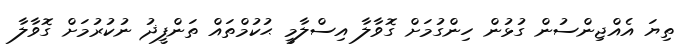
ތިޔަ އެއްޖިންސުން ގުޅުން ހިންގުމަށް ގޮވާލާ އިސްލާމީ ޙުކުމްތައް ތަންފީޛު ނުކުރުމަށް ގޮވާލާ